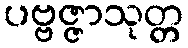
ပဗ္ဗဇ္ဇာသုတ္တ